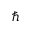
\hbar